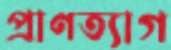
প্রাণত্যাগ